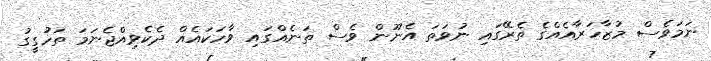
ނަމަވެސް މުޒާހަރާއެއްގެ ތެރޭގައި ނުވަތަ އެނޫން ވެސް ތަނެއްގައި ވާހަކައެއް ދެކެވިއްޖެނަމަ ތަހުގީގު